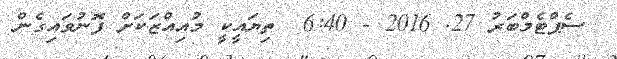
ސެޕްޓެމްބަރު 27